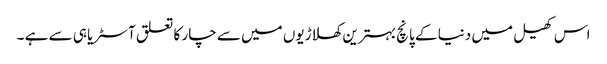
اس کھیل میں دنیا کے پانچ بہترین کھلاڑیوں میں سے چار کا تعلق آسٹریا ہی سے ہے ۔